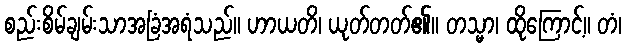
စည်းစိမ်ချမ်းသာအခြံအရံသည်။ ဟာယတိ၊ ယုတ်တတ်၏။ တသ္မာ၊ ထိုကြောင့်။ တံ၊